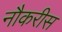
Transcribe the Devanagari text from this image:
नौकरीस